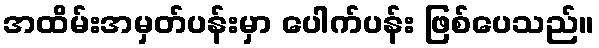
အထိမ်းအမှတ်ပန်းမှာ ပေါက်ပန်း ဖြစ်ပေသည်။